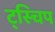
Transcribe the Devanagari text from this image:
ट्स्चिप